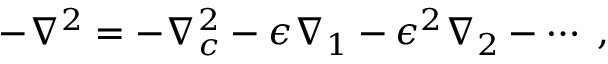
- \nabla ^ { 2 } = - \nabla _ { c } ^ { 2 } - \epsilon \nabla _ { 1 } - \epsilon ^ { 2 } \nabla _ { 2 } - \cdots \; ,